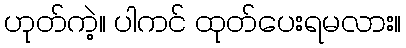
ဟုတ်ကဲ့။ ပါကင် ထုတ်ပေးရမလား။